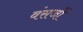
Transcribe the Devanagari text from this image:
वंसजों